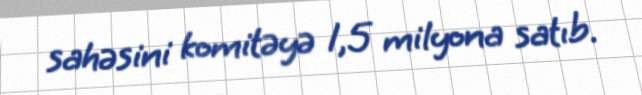
sahəsini komitəyə 1,5 milyona satıb.